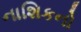
નાશિકનો